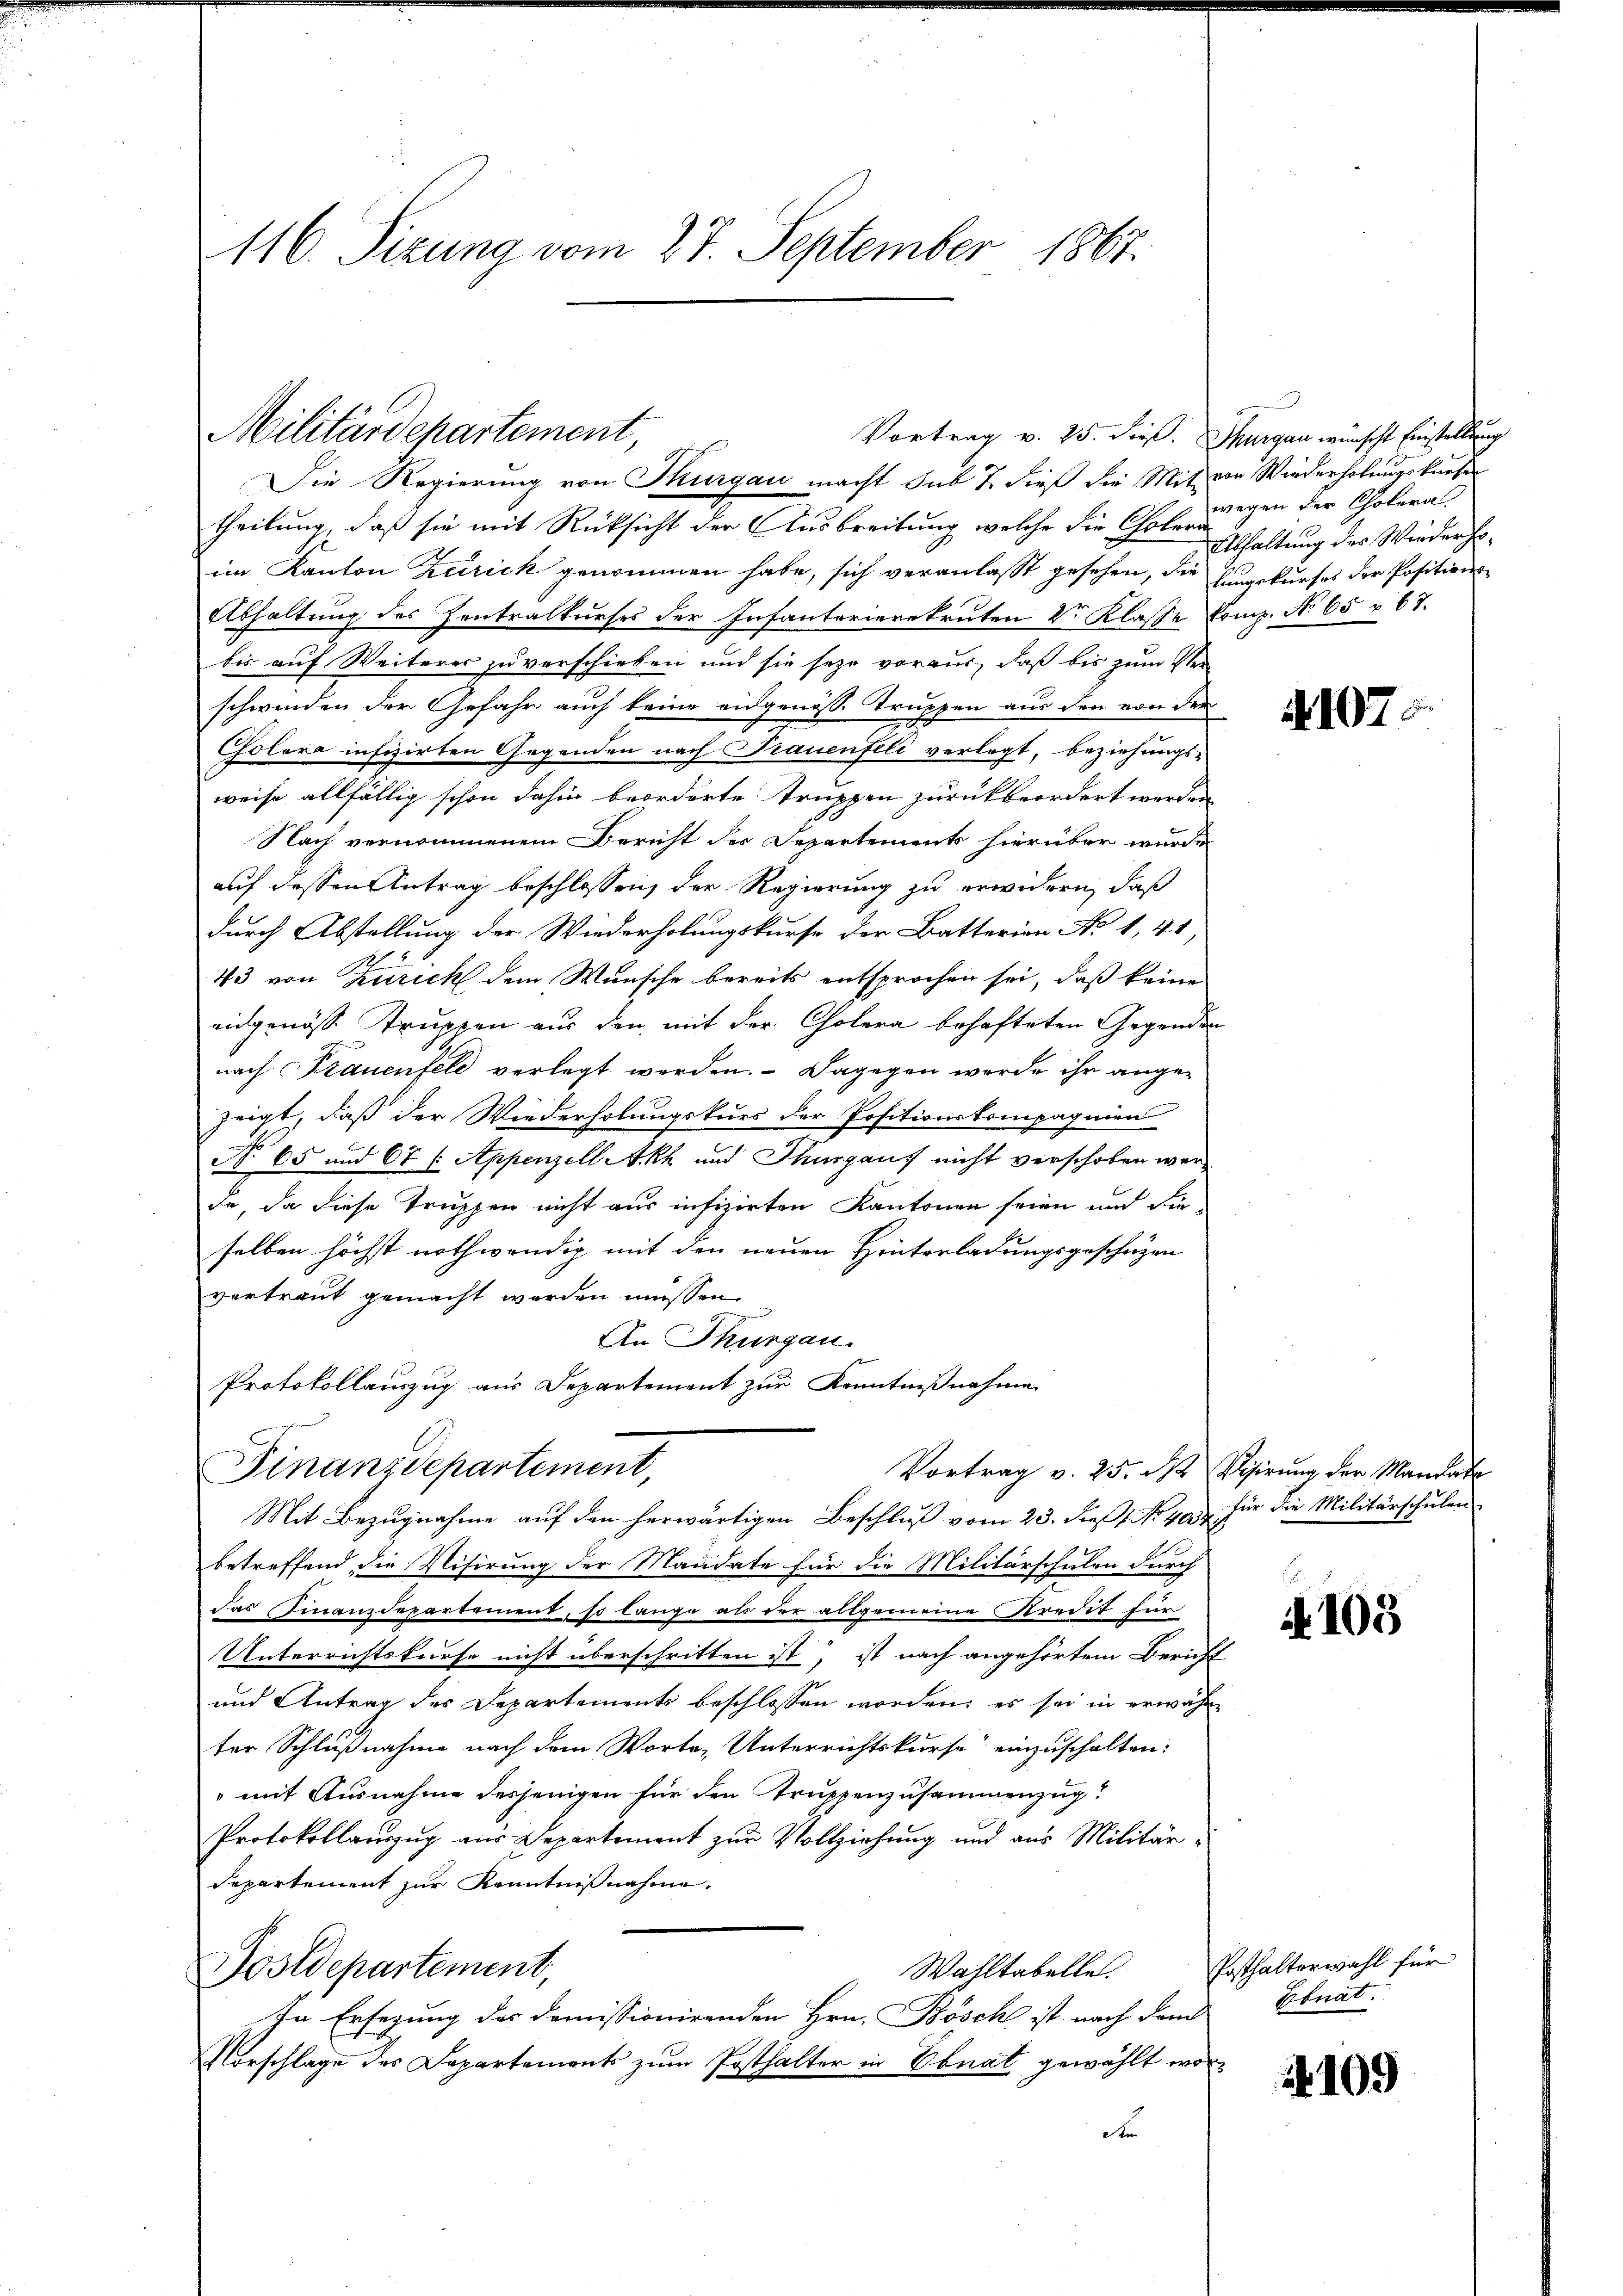
116. Sizung vom 27. September 1867.

Militärdepartement,
Vortrag v. 25. dieß. Thurgau wünscht Einstellung
Die Regierung von Thurgau macht sub 7. dieß die Mit von Wiederholungskurser

theilung, daß sie mit Rücksicht der Ausbreitung, welche die Choler Erhaltung des Wiederhoim Kanton Zürick genommen habe, sich veranlaßt gesehen, die hungskurses der Positions¬
Abhaltung des Zentralkurses der Infanterierekruten V Klasse Komp. No. 65 r 67.
bis auf Weiteres zu verschieben und sie sehr voraus, daß bis zum Ver-
schwinden der Gefahr auch keine eidgenösse Truppen aus den von der
Cholera infizirten Gegenden nach Frauenfeli verlegt, beziehungs-
weise allfällig schon dahin beorderte Truppen zurückbeordert werden
Nach vernommenem Bericht der Departements hierüber wurde
auf dessen Antrag beschlossen, der Regierung zu erwidern, daß
durch Abstellung der Wiederholungskurse der Batterien No 1, 41,
43 von Zürich dem Wunsche bereits entsprochen sei, daß keine
eidgenöss Truppen aus den mit der Cholera behafteten Gegenden
nach Frauenfeld verlegt werden. Dagegen werde ihr angezeigt, daß der Wiederholungskurs der Positionskompagnien
No 65 und 67 (Appenzell Akh und Thurgaus nicht verschoben werda, da diese Truppen nicht aus infizirten Kantonen seien und die-
selben höchst nothwendig mit den neuen Hinterladungsgeschäzen
vertraut gemacht werden müssen.
An Thurgau.
Protokollauszug aus Departement zur Kenntnißnahme

Mit Bezugnahme auf den herwärtigen Beschluß vom 23. dieß No 404
betreffend die Visirung der Mandate für die Militärschulen durch
Das Finanzdepartement, so lange als der allgemeine Kredit für
Unterrichtskurse nicht überschritten ist, ist nach angehörtem Bericht
und Antrag des Departements beschlossen worden; es sei in erwähne
ter Schlußnahme nach dem Worte, Unterrichtskurse einzuschalten:
mit Ausnahme desjenigen für den Truppenzusammenzug
Protokollauszug aus Departement zur Vollziehung und aus Militär¬
Departement zur Kenntnißnahme.
Wahltabelle.
Postdepartement,
In Ersezung des domissionirenden Hrn. Bösch ist nach dem
Vorschlage des Departements zum Posthalter in Ebnat gewählt word

Finanzdepartement,

wegen der Cholera

4107

Vortrag v. 25. M. Visirung der Mandate
für die Militärschulen

103

Posthalterwahl für
Ebnat.

109